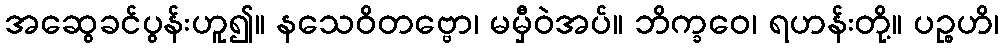
အဆွေခင်ပွန်းဟူ၍။ နသေဝိတဗ္ဗော၊ မမှီဝဲအပ်။ ဘိက္ခဝေ၊ ရဟန်းတို့။ ပဉ္စဟိ၊